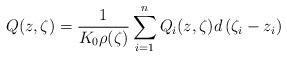
LaTeX: \begin{align*}Q(z,\zeta)=\frac{1}{K_{0}\rho(\zeta)}\sum_{i=1}^{n}Q_{i}(z,\zeta)d\left(\zeta_{i}-z_{i}\right)\end{align*}